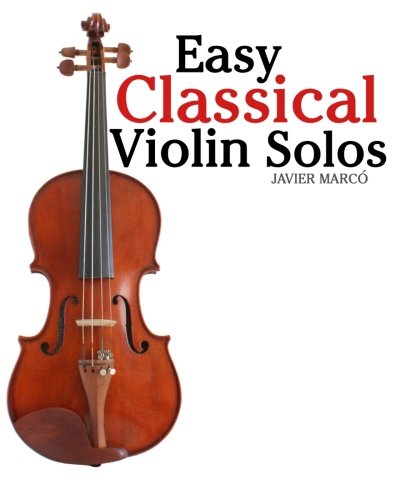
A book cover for Easy Classical Violin Solos: Featuring music of Bach, Mozart, Beethoven, Vivaldi and other composers.; Javier MarcÃ³; Humor & Entertainment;